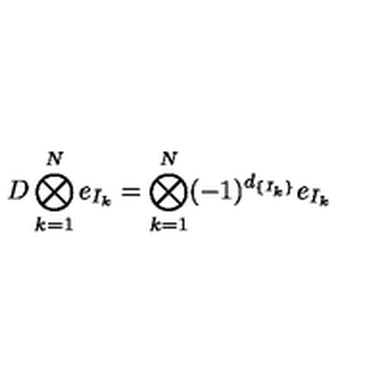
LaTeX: D \bigotimes _ { k = 1 } ^ { N } e _ { I _ { k } } = \bigotimes _ { k = 1 } ^ { N } ( - 1 ) ^ { d _ { \{ I _ { k } \} } } e _ { I _ { k } }